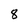
Character: 8